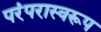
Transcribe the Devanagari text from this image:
परंपरास्वरूप